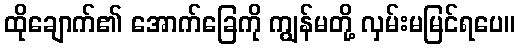
ထိုချောက်၏ အောက်ခြေကို ကျွန်မတို့ လှမ်းမမြင်ရပေ။